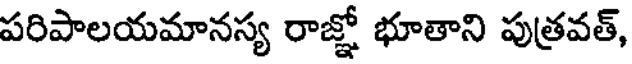
పరిపాలయమానస్య రాజ్ఞో భూతాని పుత్రవత్,